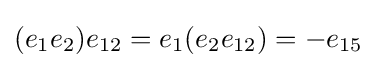
(e_{1}e_{2})e_{12}=e_{1}(e_{2}e_{12})=-e_{15}